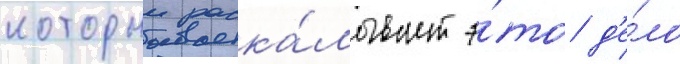
которыи раска́лывает э́то д'е́ло